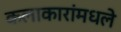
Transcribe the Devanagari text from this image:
कलाकारांमधले